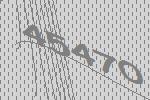
45470